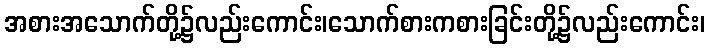
အစားအသောက်တို့၌လည်းကောင်း၊သောက်စားကစားခြင်းတို့၌လည်းကောင်း၊